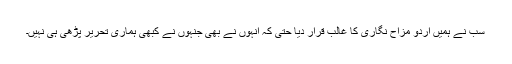
سب نے ہمیں اردو مزاح نگاری کا غالب قرار دیا حتٰی کہ انہوں نے بھی جنہوں نے کبھی ہماری تحریر پڑھی ہی نہیں۔